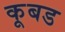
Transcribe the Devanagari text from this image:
कूबड